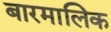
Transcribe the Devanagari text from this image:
बारमालिक